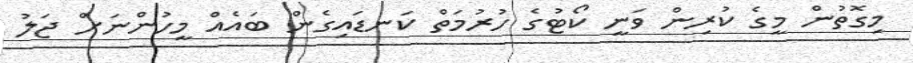
މިގޮތުން މީގެ ކުރިން ވަނީ ކޯޓުގެ ހުރުމަތް ކަނޑައިގެން ބައެއް މީހުންނަށް ޖަލު